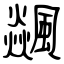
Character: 飊